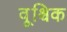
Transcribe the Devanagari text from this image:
वृ्श्चिक